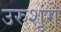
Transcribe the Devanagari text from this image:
उरुशृंगे